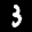
Label: 3